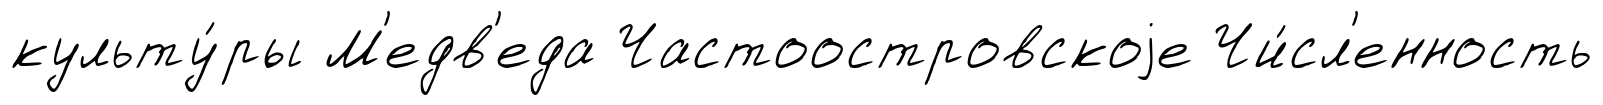
культу́ры М'едв'еда Частоостровскоjе Чи́сл'енность